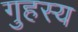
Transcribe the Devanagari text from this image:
गुहस्य